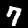
Label: 7